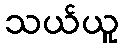
သယ်ယူ